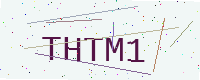
Text: THTM1